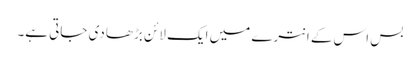
بس اس کے انترے میں ایک لائن بڑھا دی جاتی ہے۔